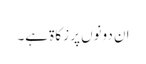
ان دونوں پر زکاۃ ہے۔